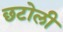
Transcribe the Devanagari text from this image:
छटोली